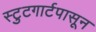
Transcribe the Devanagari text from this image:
स्टुटगार्टपासून